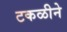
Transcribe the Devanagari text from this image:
टकळीने